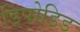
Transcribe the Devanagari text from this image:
डिपोडिड